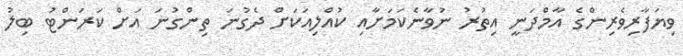
ވިޔަފާރިވެރިންގެ އާމްދަނީ އިތުރު ނުވާނެކަމަށާއި ކުއްލިއަކަށް ދެގުނަ ތިންގުނަ އަށް ކަރަންޓު ބިލު